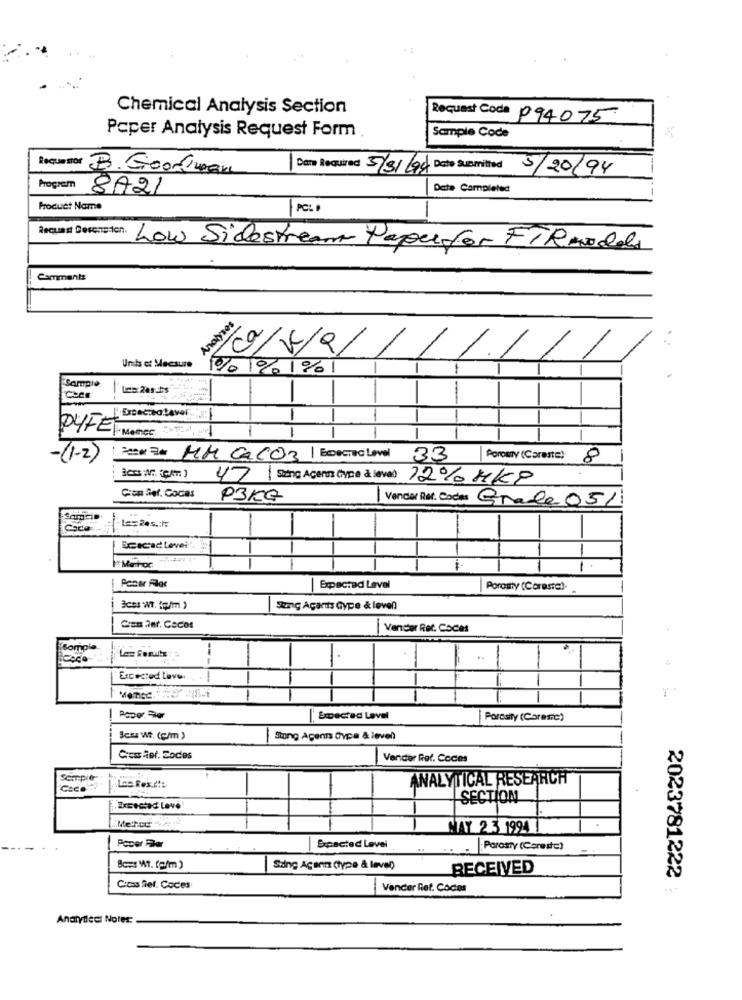
Chemical Analysis Section
Request Code P94075
Sample Code
Paper Analysis Request Form
Riquettor B. Goodmean
Dans Required 5/31/94 Date Submitted 5/20/94
8A21
Date Campleled
Product Name
PCL ·
Ilque Decreton. Low Sidestream Tapefor FTRwodas
Camments
Analyses
0/4/2/
Umts et Mecsure
% 1% 1%
Sample
04+El Mener
-
-(1-2)
[ Para 2de MM CACO3 EDecTad Level 33 Porosty (Coreste) 8
47 Sang Agens Clype à lave) 12% HKP
Gren Sel. Cocas
P3KG
Vender Raf. Codes Grade 051
Coco
1 == 20s .:
1
Melhor
Expected Level
Porosty (Corasic).
Sung Acants Gype & leven
Com her. Cocos
|Vender Ref. Coces
Somple
---
Excecied Love ...
Expected Level
Porosity (Corenc)
Bczs Wt. (c/m)
Stong Apenn Gypa & level
Ces.her. Codes
Vander Ror. Coces
Sempler
ANALYTICAL RESEARCH
Coco
SECTION
Exmegtad Love
MAY 2.3 1994
Expected Level
Porosty (Careste)
Bo=s Wt. (e/m )
Siting Agenn (type & level)
RECEIVED
Citas filet. Codes
Vencer Ref. Codes
2023781222
Analytlect Notes: